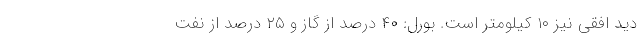
دید افقی نیز ۱۰ کیلومتر است. بورل: ۴۰ درصد از گاز و ۲۵ درصد از نفت